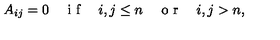
A _ { i j } = 0 \quad \textrm { i f } \quad i , j \le n \quad \textrm { o r } \quad i , j > n ,